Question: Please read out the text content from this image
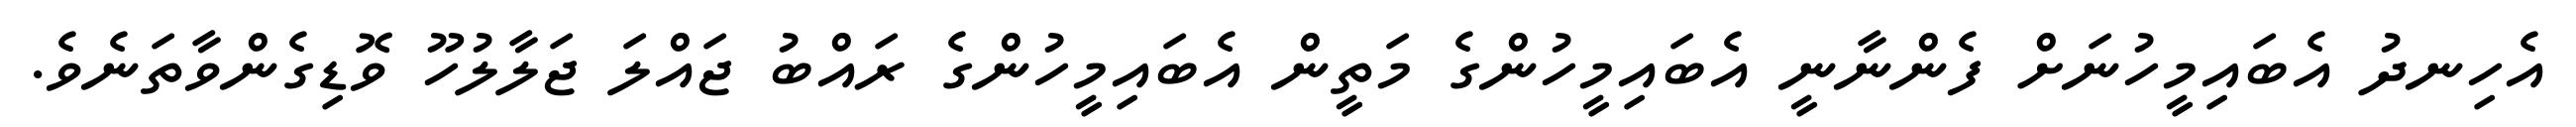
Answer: އެހިނދު އެބައިމީހުނަށް ފެންނާނީ އެބައިމީހުންގެ މަތީން އެބައިމީހުންގެ ރައްބު ޖައްލަ ޖަލާލުހޫ ވޮޑިގެންވާތަނެވެ.